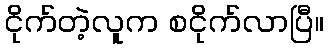
ငိုက်တဲ့လူက စငိုက်လာပြီ။